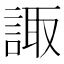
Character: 諏